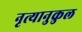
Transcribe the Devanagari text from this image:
नृत्यानुकुल